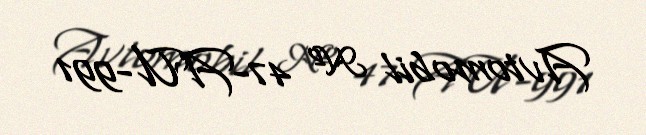
Avtomobil № 47-AU-991